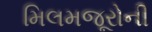
મિલમજૂરોની